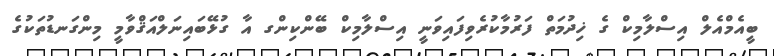
ބީއެމްއެލް އިސްލާމިކް ގެ ޚިދުމަތް ފަރުމާކުރެވިފައިވަނީ އިސްލާމިކް ބޭންކިންގ އާ ގުޅޭބައިނަލްއަޤްވާމީ މިންގަނޑުތަކުގެ